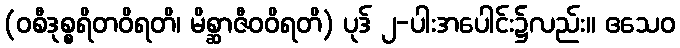
(ဝစီဒုစ္စရိတဝိရတိ၊ မိစ္ဆာဇီဝဝိရတိ) ပုဒ် ၂-ပါးအပေါင်း၌လည်း။ ဧသေဝ